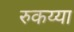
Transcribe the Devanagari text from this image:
रुकय्या